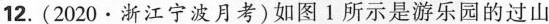
12.(2020·浙江宁波月考)如图1所示是游乐园的过山